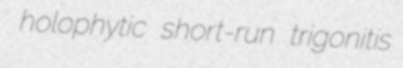
holophytic short-run trigonitis